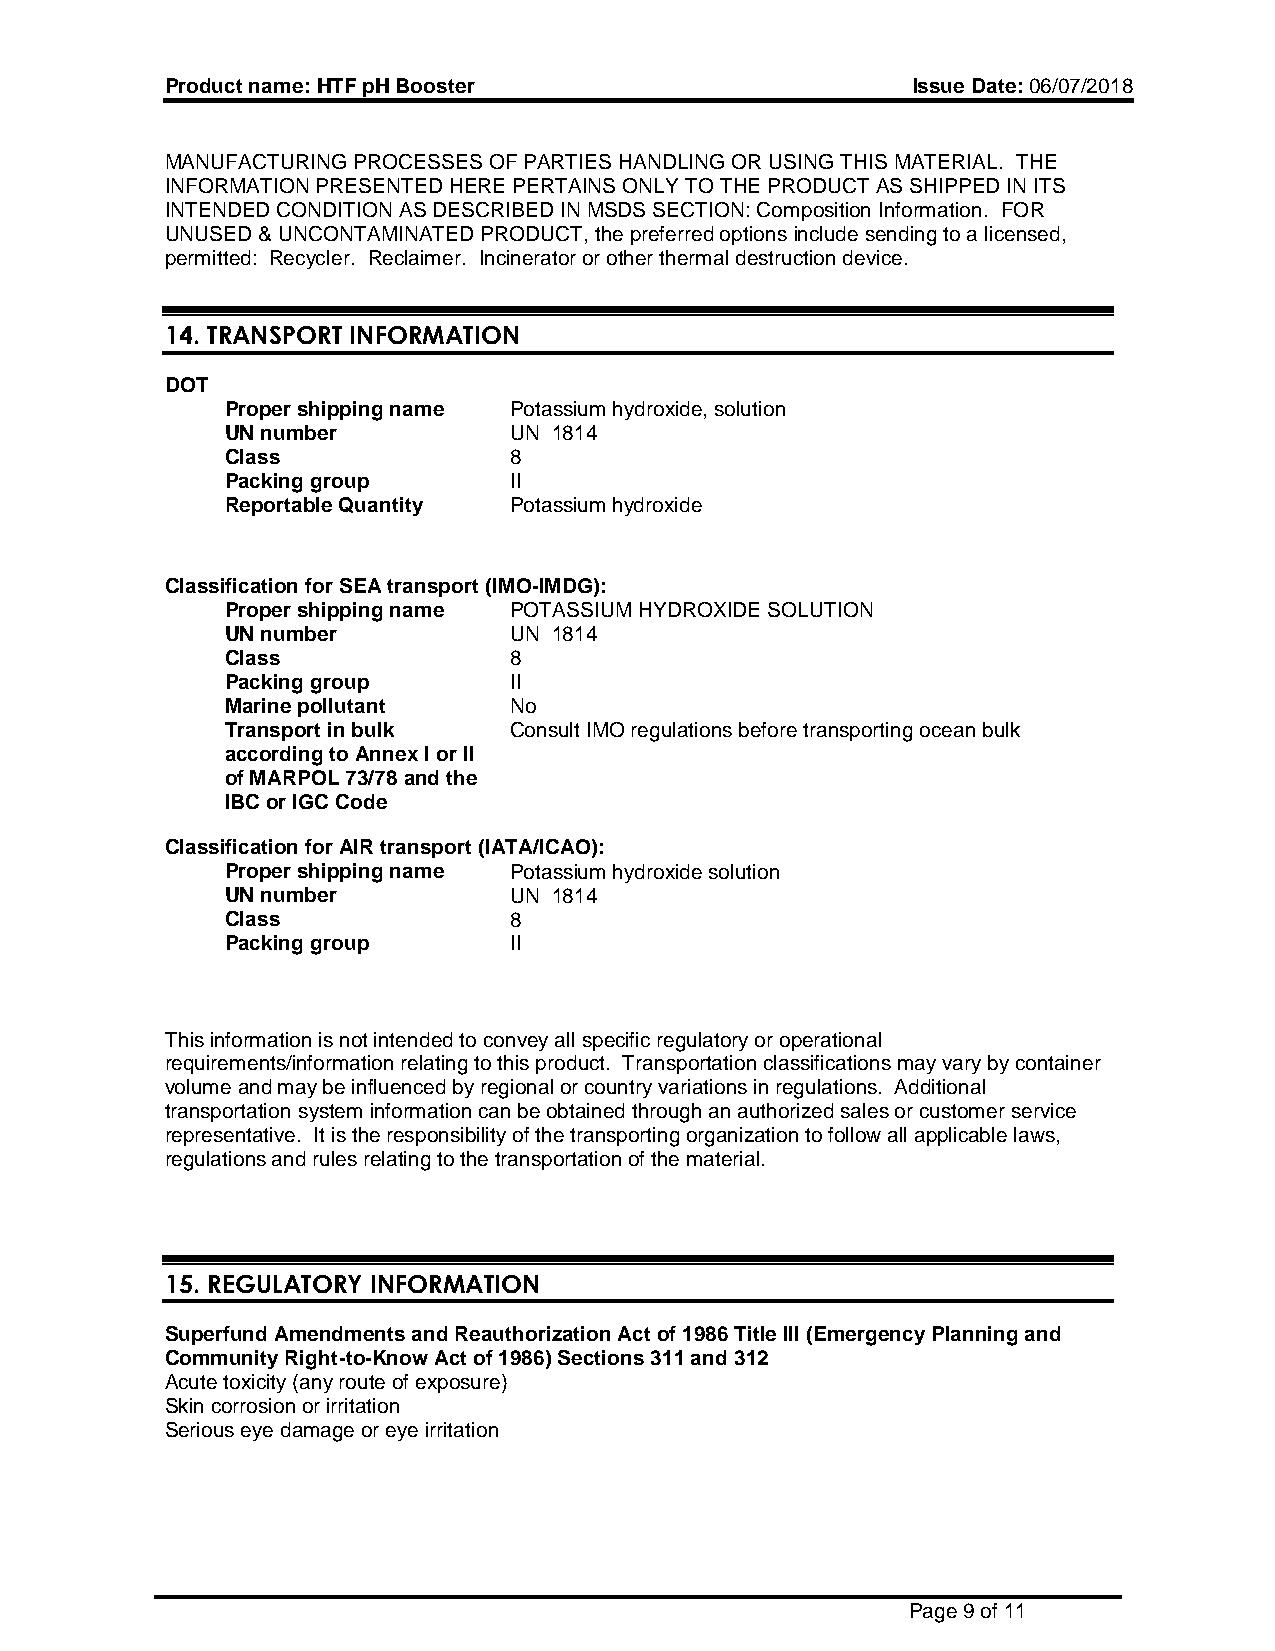
Product name: HTF pH Booster                     Issue Date: 06/07/2018
 MANUFACTURING PROCESSES OF PARTIES HANDLING OR USING THIS MATERIAL. THE
 INFORMATION PRESENTED HERE PERTAINS ONLY TO THE PRODUCT AS SHIPPED IN ITS
 INTENDED CONDITION AS DESCRIBED IN MSDS SECTION: Composition Information. FOR
 UNUSED & UNCONTAMINATED PRODUCT, the preferred options include sending to a licensed,
 permitted: Recycler. Reclaimer. Incinerator or other thermal destruction device.
 14. TRANSPORT INFORMATION
 DOT
 Proper shipping name Potassium hydroxide, solution
 UN number          UN 1814
 Class              8
 Packing group      II
 Reportable Quantity Potassium hydroxide
 Classification for SEA transport (IMO-IMDG):
 Proper shipping name POTASSIUM HYDROXIDE SOLUTION
 UN number          UN 1814
 Class              8
 Packing group      II
 Marine pollutant   No
 Transport in bulk  Consult IMO regulations before transporting ocean bulk
 according to Annex I or II
 of MARPOL 73/78 and the
 IBC or IGC Code
 Classification for AIR transport (IATA/ICAO):
 Proper shipping name Potassium hydroxide solution
 UN number          UN 1814
 Class              8
 Packing group      II
 This information is not intended to convey all specific regulatory or operational
 requirements/information relating to this product. Transportation classifications may vary by container
 volume and may be influenced by regional or country variations in regulations. Additional
 transportation system information can be obtained through an authorized sales or customer service
 representative. It is the responsibility of the transporting organization to follow all applicable laws,
 regulations and rules relating to the transportation of the material.
 15. REGULATORY INFORMATION
 Superfund Amendments and Reauthorization Act of 1986 Title III (Emergency Planning and
 Community Right-to-Know Act of 1986) Sections 311 and 312
 Acute toxicity (any route of exposure)
 Skin corrosion or irritation
 Serious eye damage or eye irritation
 Page 9 of 11